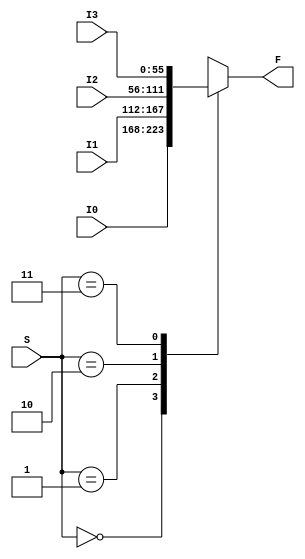
module FourXOneMUX56bit (I0,I1,I2,I3,S,F);
input [55:0] I0,I1,I2,I3;
input [1:0] S;
output reg [55:0] F;

always @(S or I0 or I1 or I2 or I3)

  begin

    case (S)

      2'b00: F = I0;

      2'b01: F = I1;

      2'b10: F = I2;

      2'b11: F = I3;

    endcase

  end

endmodule